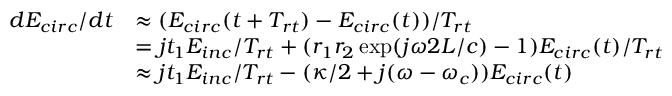
\begin{array} { r l } { d E _ { c i r c } / d t } & { \approx ( E _ { c i r c } ( t + T _ { r t } ) - E _ { c i r c } ( t ) ) / T _ { r t } } \\ & { = j t _ { 1 } E _ { i n c } / T _ { r t } + ( r _ { 1 } r _ { 2 } \exp ( j \omega 2 L / c ) - 1 ) E _ { c i r c } ( t ) / T _ { r t } } \\ & { \approx j t _ { 1 } E _ { i n c } / T _ { r t } - ( \kappa / 2 + j ( \omega - \omega _ { c } ) ) E _ { c i r c } ( t ) } \end{array}